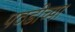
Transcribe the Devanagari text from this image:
पठडीच्या